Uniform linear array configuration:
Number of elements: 4
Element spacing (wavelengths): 0.75
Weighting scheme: uniform
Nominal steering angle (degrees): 15
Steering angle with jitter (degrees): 13.863
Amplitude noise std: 0.05
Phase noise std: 0.05

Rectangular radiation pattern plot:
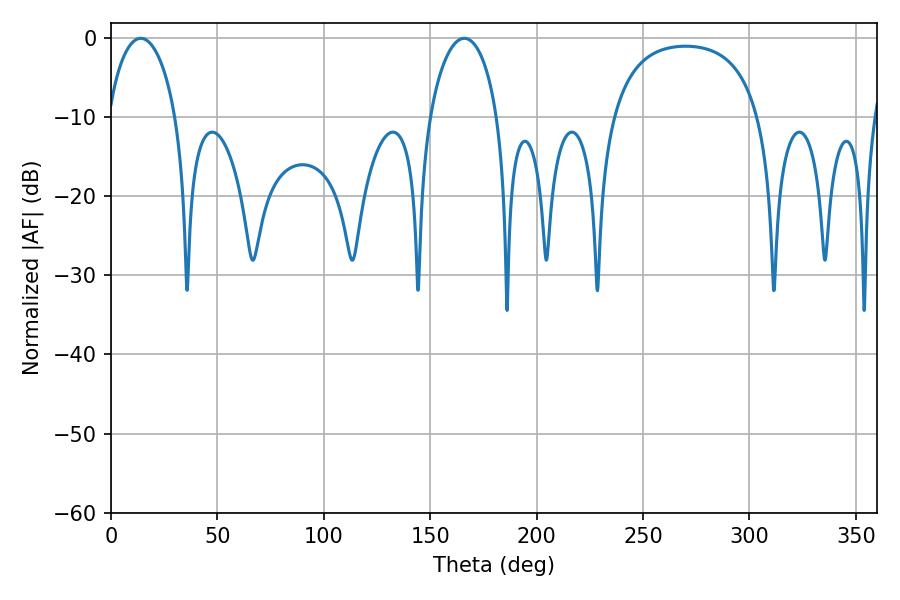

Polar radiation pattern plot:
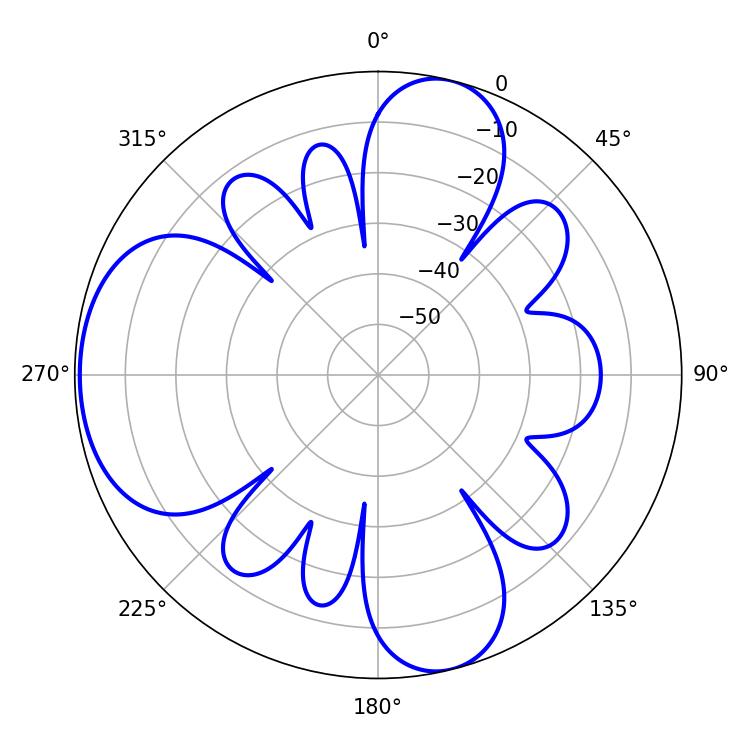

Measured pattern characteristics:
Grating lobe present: TRUE
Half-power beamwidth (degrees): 18.18
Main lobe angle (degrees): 14.04